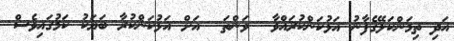
އަދި ތިމަންކަލޭގެފާނު އަޅުކަންކުރައްވާ  ވަންތަ  އަށް އަޅުކަންކުރާ ބަޔަކު ކަމުގައިވެސް